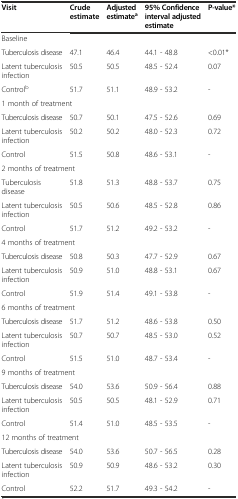
<table><thead><tr><td><b>Visit</b></td><td><b>Crude estimate</b></td><td><b>Adjusted estimate<sup>a</sup></b></td><td><b>95% Confidence interval adjusted estimate</b></td><td><b>P-value*</b></td></tr></thead><tbody><tr><td>Baseline</td><td></td><td></td><td></td><td></td></tr><tr><td>Tuberculosis disease</td><td>47.1</td><td>46.4</td><td>44.1 - 48.8</td><td>&lt;0.01*</td></tr><tr><td>Latent tuberculosis infection</td><td>50.5</td><td>50.5</td><td>48.5 - 52.4</td><td>0.07</td></tr><tr><td>Control<sup>b</sup></td><td>51.7</td><td>51.1</td><td>48.9 - 53.2</td><td>-</td></tr><tr><td colspan="2">1 month of treatment</td><td></td><td></td><td></td></tr><tr><td>Tuberculosis disease</td><td>50.7</td><td>50.1</td><td>47.5 - 52.6</td><td>0.69</td></tr><tr><td>Latent tuberculosis infection</td><td>50.2</td><td>50.2</td><td>48.0 - 52.3</td><td>0.72</td></tr><tr><td>Control</td><td>51.5</td><td>50.8</td><td>48.6 - 53.1</td><td>-</td></tr><tr><td colspan="2">2 months of treatment</td><td></td><td></td><td></td></tr><tr><td>Tuberculosis disease</td><td>51.8</td><td>51.3</td><td>48.8 - 53.7</td><td>0.75</td></tr><tr><td>Latent tuberculosis infection</td><td>50.5</td><td>50.6</td><td>48.5 - 52.8</td><td>0.86</td></tr><tr><td>Control</td><td>51.7</td><td>51.2</td><td>49.2 - 53.2</td><td>-</td></tr><tr><td colspan="2">4 months of treatment</td><td></td><td></td><td></td></tr><tr><td>Tuberculosis disease</td><td>50.8</td><td>50.3</td><td>47.7 - 52.9</td><td>0.67</td></tr><tr><td>Latent tuberculosis infection</td><td>50.9</td><td>51.0</td><td>48.8 - 53.1</td><td>0.67</td></tr><tr><td>Control</td><td>51.9</td><td>51.4</td><td>49.1 - 53.8</td><td>-</td></tr><tr><td colspan="2">6 months of treatment</td><td></td><td></td><td></td></tr><tr><td>Tuberculosis disease</td><td>51.7</td><td>51.2</td><td>48.6 - 53.8</td><td>0.50</td></tr><tr><td>Latent tuberculosis infection</td><td>50.7</td><td>50.7</td><td>48.5 - 53.0</td><td>0.52</td></tr><tr><td>Control</td><td>51.5</td><td>51.0</td><td>48.7 - 53.4</td><td>-</td></tr><tr><td colspan="2">9 months of treatment</td><td></td><td></td><td></td></tr><tr><td>Tuberculosis disease</td><td>54.0</td><td>53.6</td><td>50.9 - 56.4</td><td>0.88</td></tr><tr><td>Latent tuberculosis infection</td><td>50.5</td><td>50.5</td><td>48.1 - 52.9</td><td>0.71</td></tr><tr><td>Control</td><td>51.4</td><td>51.0</td><td>48.5 - 53.5</td><td>-</td></tr><tr><td colspan="2">12 months of treatment</td><td></td><td></td><td></td></tr><tr><td>Tuberculosis disease</td><td>54.0</td><td>53.6</td><td>50.7 - 56.5</td><td>0.28</td></tr><tr><td>Latent tuberculosis infection</td><td>50.9</td><td>50.9</td><td>48.6 - 53.2</td><td>0.30</td></tr><tr><td>Control</td><td>52.2</td><td>51.7</td><td>49.3 - 54.2</td><td>-</td></tr></tbody></table>